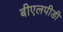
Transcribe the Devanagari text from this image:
बीएलपीडी